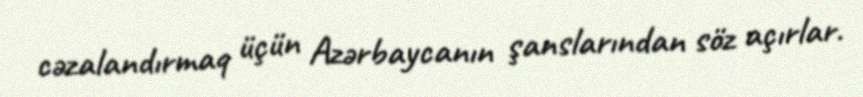
cəzalandırmaq üçün Azərbaycanın şanslarından söz açırlar.